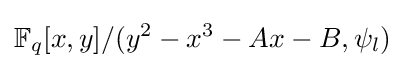
\mathbb {F} _{q}[x,y]/(y^{2}-x^{3}-Ax-B,\psi _{l})